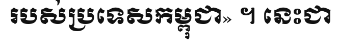
របស់ប្រទេសកម្ពុជា» ។ នេះជា